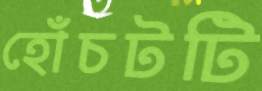
হোঁচটটি